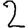
Digit: 2